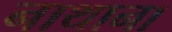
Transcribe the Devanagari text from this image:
नाथाना